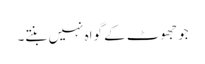
جو جھوٹ کے گواہ نہیں بنتے۔